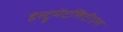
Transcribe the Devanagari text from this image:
इंस्ट्रूमेंटलिटीएस